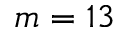
m = 1 3